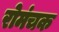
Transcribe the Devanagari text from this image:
रोमंचक